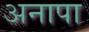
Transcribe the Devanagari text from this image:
अनापा